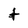
Character: t